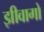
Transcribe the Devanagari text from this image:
झीवागो